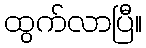
ထွက်လာပြီ။